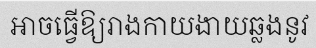
អាចធ្វើឱ្យរាងកាយងាយឆ្លងនូវ